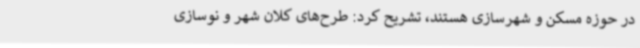
در حوزه مسکن و شهرسازی هستند، تشریح کرد: طرح‌های کلان شهر و نوسازی